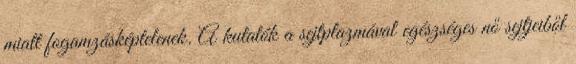
miatt fogamzásképtelenek. A kutatók a sejtplazmával egészséges nő sejtjeiből